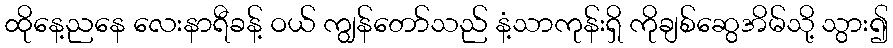
ထိုနေ့ညနေ လေးနာရီခန့် ဝယ် ကျွန်တော်သည် နံ့သာကုန်းရှိ ကိုချစ်ဆွေအိမ်သို့ သွား၍